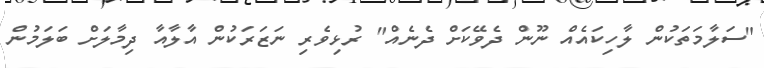
"ސަލާމަތަކުން ލާހިކައެއް ނޫން ދެވޭކަށް ދެނެއް" ރުޅިވެރި ނަޒަރަކުން އާލާއާ ދިމާލަށް ބަލަމުން